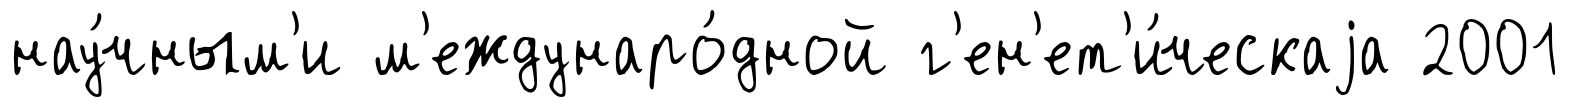
нау́чным'и м'еждунаро́дной г'ен'ет'и́ческаjа 2001